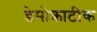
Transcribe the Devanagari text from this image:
डेमोक्राटीक